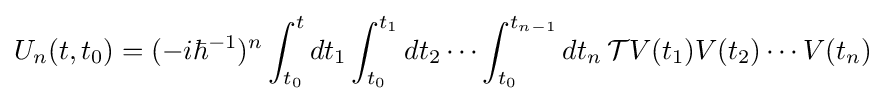
U_{n}(t,t_{0})=(-i\hbar ^{-1})^{n}\int _{t_{0}}^{t}dt_{1}\int _{t_{0}}^{t_{1}}dt_{2}\cdots \int _{t_{0}}^{t_{n-1}}dt_{n}\,{\mathcal {T}}V(t_{1})V(t_{2})\cdots V(t_{n})